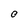
Character: O